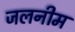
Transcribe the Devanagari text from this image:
जलनीम